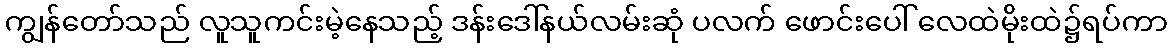
ကျွန်တော်သည် လူသူကင်းမဲ့နေသည့် ဒန်းဒေါ်နယ်လမ်းဆုံ ပလက် ဖောင်းပေါ် လေထဲမိုးထဲ၌ရပ်ကာ